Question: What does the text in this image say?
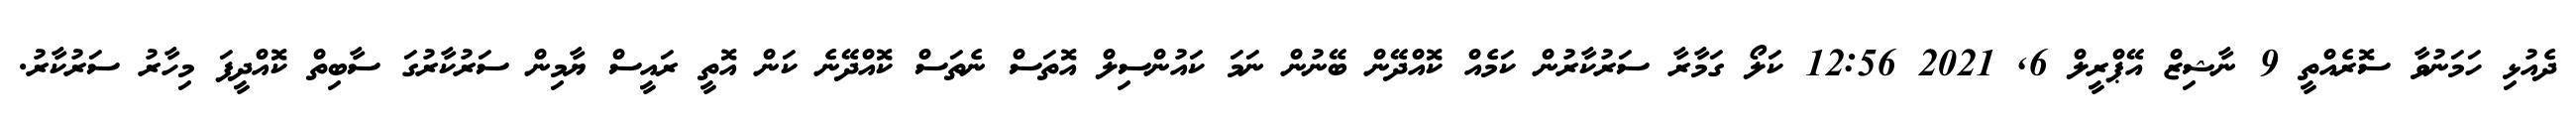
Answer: ދެއުޅި ހަމަނުވާ ސޮރެއްތީ 9 ނާޝިޒް އޭޕްރީލް 6, 2021 12:56 ކަލޯ ގަމާރާ ސަރުކާރުން ކަމެއް ކޮއްދޭން ބޭނުން ނަމަ ކައުންސިލް އޮތަސް ނެތަސް ކޮއްދޭނެ ކަން އޮތީ ރައީސް ޔާމިން ސަރުކާރުގަ ސާބިތް ކޮއްދީފަ މިހާރު ސަރުކާރު.